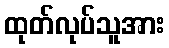
ထုတ်လုပ်သူအား